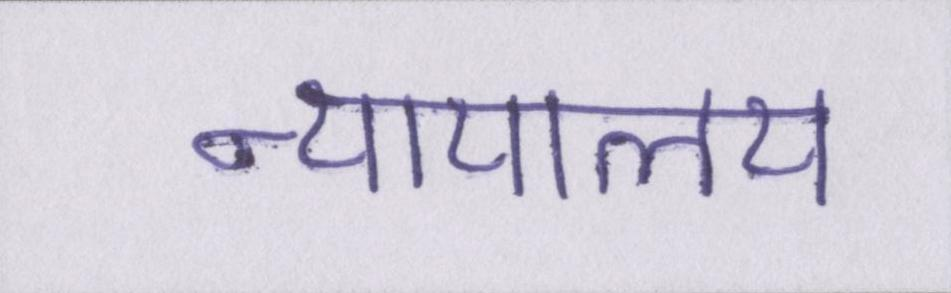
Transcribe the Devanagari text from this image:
न्यायालय